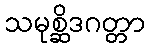
သမုစ္ဆိဒဂတ္တာ